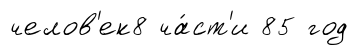
челов'ек8 ча́ст'и 85 год